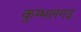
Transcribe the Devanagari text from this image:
कुम्भलगड़